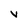
Character: v